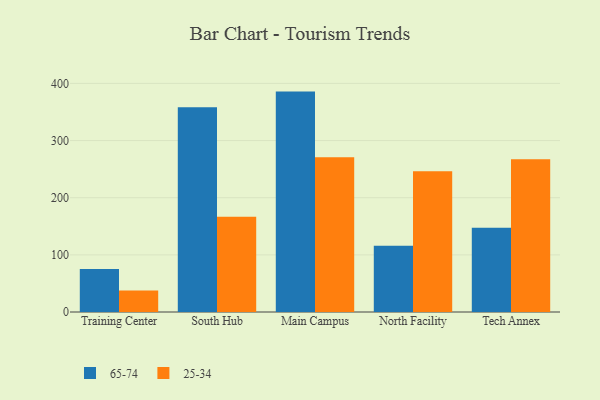
{"axis": {"x": "Campus", "y": "Waste Production (Tons)"}, "legend": ["25-34", "65-74"], "data": [{"x": "Training Center", "y": 75.1, "type": "65-74"}, {"x": "Training Center", "y": 37.5, "type": "25-34"}, {"x": "South Hub", "y": 358.4, "type": "65-74"}, {"x": "South Hub", "y": 166.6, "type": "25-34"}, {"x": "Main Campus", "y": 385.7, "type": "65-74"}, {"x": "Main Campus", "y": 270.6, "type": "25-34"}, {"x": "North Facility", "y": 116.1, "type": "65-74"}, {"x": "North Facility", "y": 246.4, "type": "25-34"}, {"x": "Tech Annex", "y": 147.3, "type": "65-74"}, {"x": "Tech Annex", "y": 267.2, "type": "25-34"}]}